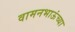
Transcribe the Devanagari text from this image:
वामनभाऊंच्या